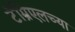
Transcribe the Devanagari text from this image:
टॅम्रिएलच्या